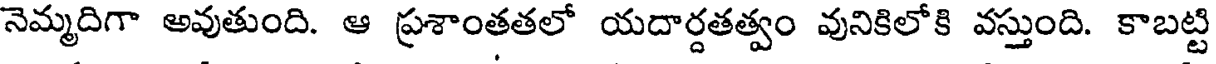
నెమ్మదిగా అవుతుంది. ఆ ప్రశాంతతలో యదార్దతత్వం వునికిలోకి వస్తుంది. కాబట్టి